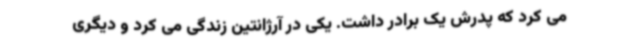
می کرد که پدرش یک برادر داشت. یکی در آرژانتین زندگی می کرد و دیگری